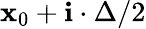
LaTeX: \mathbf{x}_{0}+\mathbf{i}\cdot\Delta/2